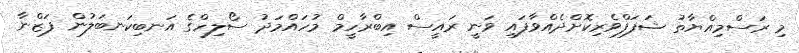
މި ރަސްމިއްޔާތު ޝަފަފްވެރިކޮށްދެއްވާފައި ވަނީ ރައީސް އިބްރާހީމް މުހައްމަދު ސޯލިހްގެ އަނބިކަނބަލުން ފަޒްނާ